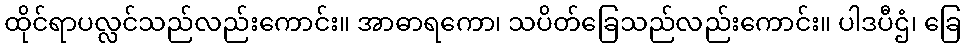
ထိုင်ရာပလ္လင်သည်လည်းကောင်း။ အာဓာရကော၊ သပိတ်ခြေသည်လည်းကောင်း။ ပါဒပီဌံ၊ ခြေ